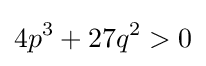
4p^{3}+27q^{2}>0